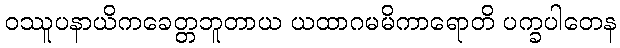
ဝဿူပနာယိကခေတ္တဘူတာယ ယထာဂမမိကာရောတိ ပက္ခပါတေန